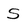
Character: S